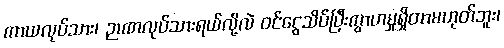
ကာယလုပ်သား၊ ဉာဏလုပ်သားရယ်လို့လဲ ဝင်ငွေသိပ်ပြီးကွာဟမှုရှိတာမဟုတ်ဘူး၊